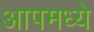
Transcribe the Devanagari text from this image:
आपमध्ये